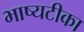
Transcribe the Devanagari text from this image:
भाष्यटीका